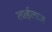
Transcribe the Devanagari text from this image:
लाईलाज